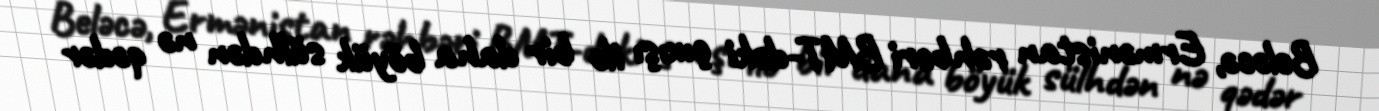
Beləcə, Ermənistan rəhbəri BMT-dəki çıxışı ilə bir daha böyük sülhdən nə qədər